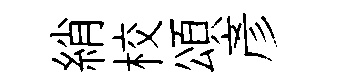
綃校頌彦